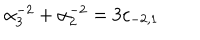
LaTeX: \alpha _ { 3 } ^ { - 2 } + \alpha _ { 2 } ^ { - 2 } = 3 c _ { - 2 , 1 }